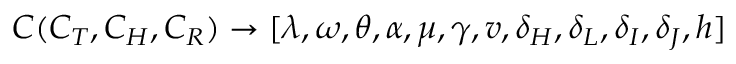
C ( C _ { T } , C _ { H } , C _ { R } ) \rightarrow [ \lambda , \omega , \theta , \alpha , \mu , \gamma , v , \delta _ { H } , \delta _ { L } , \delta _ { I } , \delta _ { J } , h ]